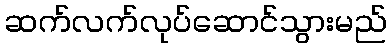
ဆက်လက်လုပ်ဆောင်သွားမည်